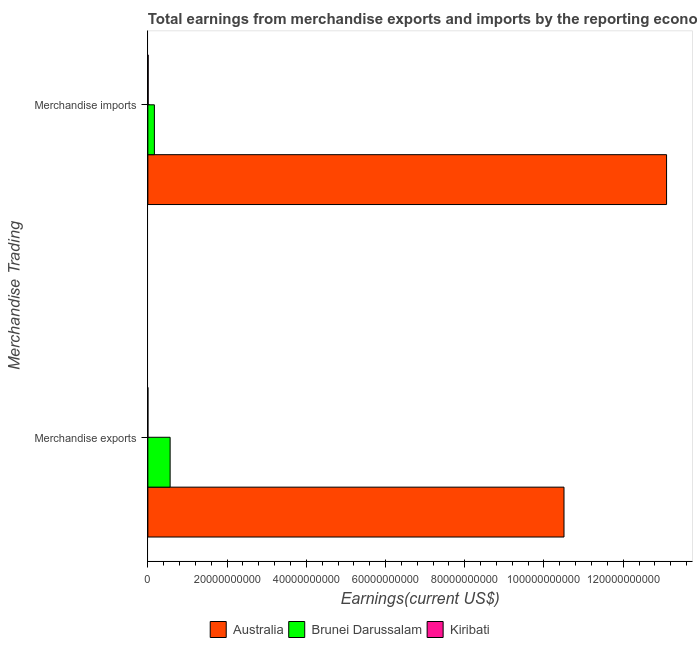
| Merchandise Trading | Australia | Brunei Darussalam | Kiribati |
 | --- | --- | --- | --- |
 | Merchandise exports | 1.05e+11 | 5.62e+09 | 4.84e+06 |
 | Merchandise imports | 1.31e+11 | 1.65e+09 | 7.77e+07 |